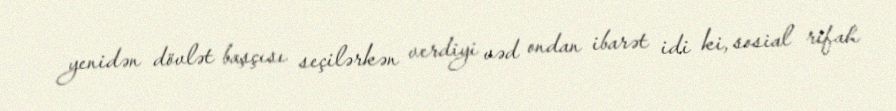
yenidən dövlət başçısı seçilərkən verdiyi vəd ondan ibarət idi ki, sosial rifah